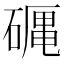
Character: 𥕠